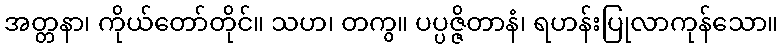
အတ္တနာ၊ ကိုယ်တော်တိုင်။ သဟ၊ တကွ။ ပပ္ပဇ္ဇိတာနံ၊ ရဟန်းပြုလာကုန်သော။